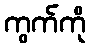
ကွက်ကို